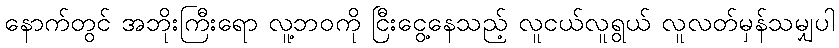
နောက်တွင် အဘိုးကြီးရော လူ့ဘဝကို ငြီးငွေ့နေသည့် လူငယ်လူရွယ် လူလတ်မှန်သမျှပါ